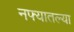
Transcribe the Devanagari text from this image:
नफ्यातल्या